Indian journal of veterinary science and animal husbandry - Volumes 22-23, 1952-1953
Year: 1952
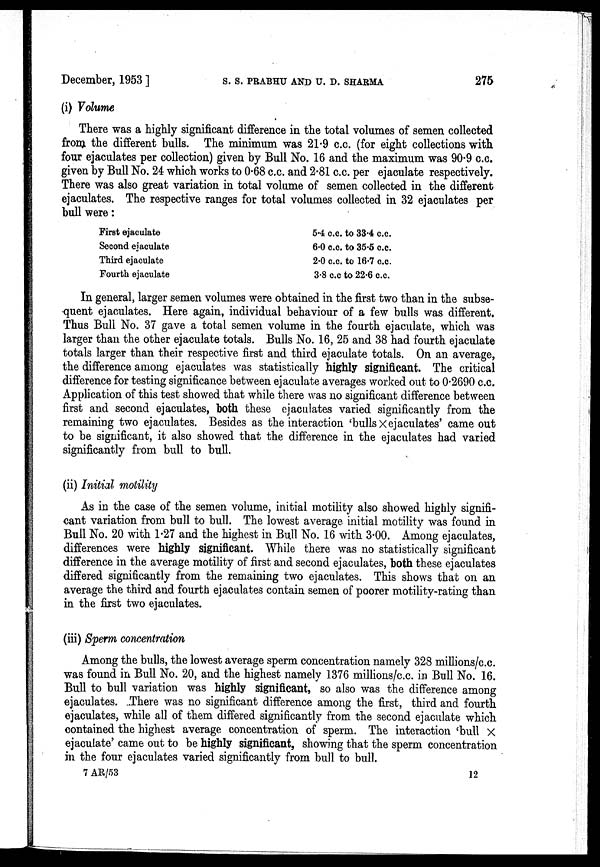
December, 1953] S. S. PRABHU AND U. D. SHARMA 275
(i) Volume
There was a highly significant difference in the total volumes of semen collected
from the different bulls. The minimum was 21.9 c.c. (for eight collections with
four ejaculates per collection) given by Bull No. 16 and the maximum was 90.9 c.c.
given by Bull No. 24 which works to 0.68 c.c. and 2.81 c.c. per ejaculate respectively.
There was also great variation in total volume of semen collected in the different
ejaculates. The respective ranges for total volumes collected in 32 ejaculates per
bull were:
First ejaculate
Second ejaculate
Third ejaculate
Fourth ejaculate
5.4 c.c. to 33.4 c.c.
6.0 c.c. to 35.5 c.c.
2.0 c.c. to 16.7 c.c.
3.8 c.c to 22.6 c.c.
In general, larger semen volumes were obtained in the first two than in the subse-
quent ejaculates. Here again, individual behaviour of a few bulls was different.
Thus Bull No. 37 gave a total semen volume in the fourth ejaculate, which was
larger than the other ejaculate totals. Bulls No. 16, 25 and 38 had fourth ejaculate
totals larger than their respective first and third ejaculate totals. On an average,
the difference among ejaculates was statistically highly significant. The critical
difference for testing significance between ejaculate averages worked out to 0.2690 c.c.
Application of this test showed that while there was no significant difference between
first and second ejaculates, both these ejaculates varied significantly from the
remaining two ejaculates. Besides as the interaction 'bulls × ejaculates' came out
to be significant, it also showed that the difference in the ejaculates had varied
significantly from bull to bull.
(ii) Initial motility
As in the case of the semen volume, initial motility also showed highly signifi-
cant variation from bull to bull. The lowest average initial motility was found in
Bull No. 20 with 1.27 and the highest in Bull No. 16 with 3.00. Among ejaculates,
differences were highly significant. While there was no statistically significant
difference in the average motility of first and second ejaculates, both these ejaculates
differed significantly from the remaining two ejaculates. This shows that on an
average the third and fourth ejaculates contain semen of poorer motility-rating than
in the first two ejaculates.
(iii) Sperm concentration
Among the bulls, the lowest average sperm concentration namely 328 millions/c.c.
was found in Bull No. 20, and the highest namely 1376 millions/c.c. in Bull No. 16.
Bull to bull variation was highly significant, so also was the difference among
ejaculates. There was no significant difference among the first, third and fourth
ejaculates, while all of them differed significantly from the second ejaculate which
contained the highest average concentration of sperm. The interaction 'bull X
ejaculate' came out to be highly significant, showing that the sperm concentration
in the four ejaculates varied significantly from bull to bull.
7 AR/53
12